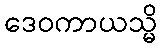
ဒေဝကာယသ္မိ